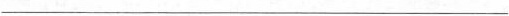
___